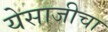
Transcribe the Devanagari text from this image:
येसाजीचा